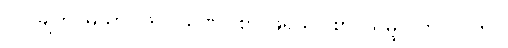
၁၂-ချက်၊ မုသာဝါဒ၊ ပိသုဏဝါစာ၊ ဖရုသဝါစာ၊ သမ္ဖပ္ပလာပ၊ (ဤ)